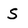
Character: S